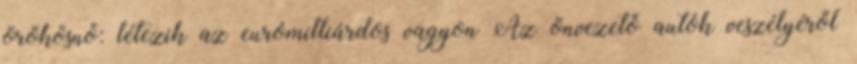
örökösnő: létezik az eurómilliárdos vagyon Az önvezető autók veszélyéről